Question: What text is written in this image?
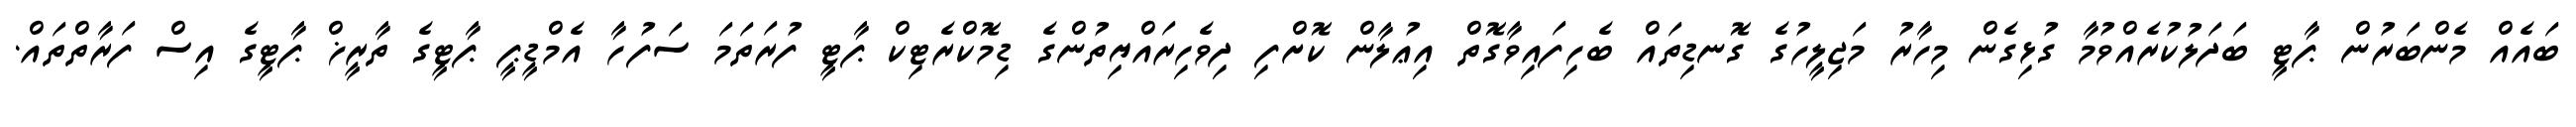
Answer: ބައެއް މެންބަރުން ޕާޓީ ބަދަލުކުރެއްވުމާ ގުޅިގެން މިހާރު މަޖިލީހުގެ ގޮނޑިތައް ބެހިފައިވާގޮތް އިޢުލާން ކޮށްފި ދިވެހިރައްޔިތުންގެ ޑިމޮކްރެޓިކް ޕާޓީ ފުރަތަމަ ސަފުހާ އެމްޑީޕީ ޕާޓީގެ ތާރީޚް ޕާޓީގެ އިސް ފަރާތްތައް.